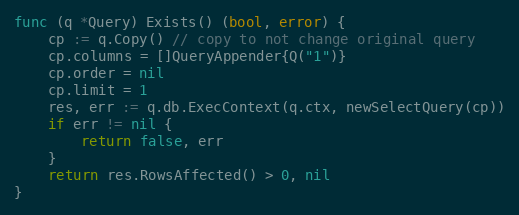
Language: Go
func (q *Query) Exists() (bool, error) {
	cp := q.Copy() // copy to not change original query
	cp.columns = []QueryAppender{Q("1")}
	cp.order = nil
	cp.limit = 1
	res, err := q.db.ExecContext(q.ctx, newSelectQuery(cp))
	if err != nil {
		return false, err
	}
	return res.RowsAffected() > 0, nil
}